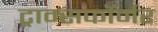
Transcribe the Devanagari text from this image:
ट्राम्सफॉर्मर